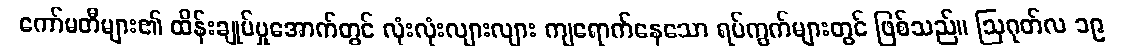
ကော်မတီများ၏ ထိန်းချုပ်မှုအောက်တွင် လုံးလုံးလျားလျား ကျရောက်နေသော ရပ်ကွက်များတွင် ဖြစ်သည်။ ဩဂုတ်လ ၁၉